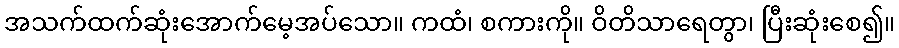
အသက်ထက်ဆုံးအောက်မေ့အပ်သော။ ကထံ၊ စကားကို။ ဝိတိသာရေတွာ၊ ပြီးဆုံးစေ၍။